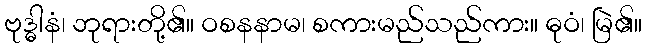
ဗုဒ္ဓါနံ၊ ဘုရားတို့၏။ ဝစနနာမ၊ စကားမည်သည်ကား။ ဓုဝံ၊ မြဲ၏။